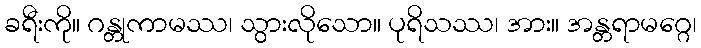
ခရီးကို။ ဂန္တုကာမဿ၊ သွားလိုသော။ ပုရိသဿ၊ အား။ အန္တရာမဂ္ဂေ၊